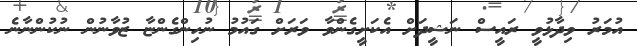
އުމަރު ވިދާޅުވީ ރައީސް ނަޝީދަށް އެކަށީގެންވާ ވަރަށް ގައުމު ނުހިންގެންޏާ ޒުވާނުން ނުކުންނާނެ